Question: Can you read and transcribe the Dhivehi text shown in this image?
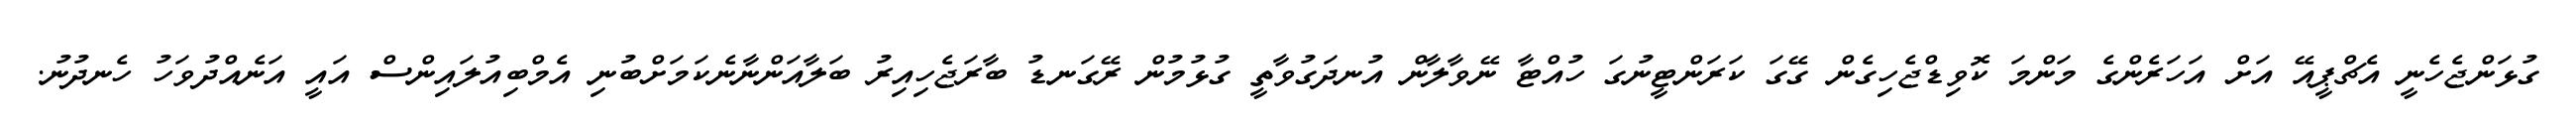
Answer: ގުޅަންޖެހެނީ އެޗްޕީއޭ އަށް އަހަރެންގެ މަންމަ ކޮވިޑްޖެހިގެން ގޭގަ ކަރަންޓީނުގަ ހުއްޓާ ނޭވާލާން އުނދަގުވާތީ ގުޅުމުން ރޭގަނޑު ބާރަޖެހިއިރު ބަލާއަންނާނެކަމަށްބުނި އެމްބިއުލައިންސް އައީ އަނެއްދުވަހު ހެނދުނު.